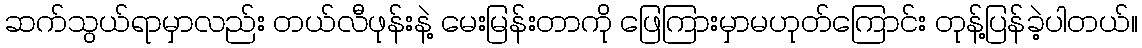
ဆက်သွယ်ရာမှာလည်း တယ်လီဖုန်းနဲ့ မေးမြန်းတာကို ဖြေကြားမှာမဟုတ်ကြောင်း တုန့်ပြန်ခဲ့ပါတယ်။